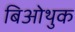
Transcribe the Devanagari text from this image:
बिओथुक